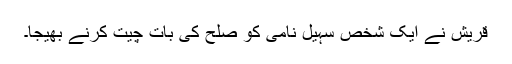
قریش نے ایک شخص سہیل نامی کو صلح کی بات چیت کرنے بھیجا۔